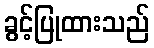
ခွင့်ပြုထားသည်